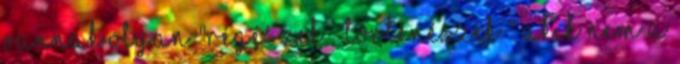
vannak olyan "régészek történészek " akik nem a